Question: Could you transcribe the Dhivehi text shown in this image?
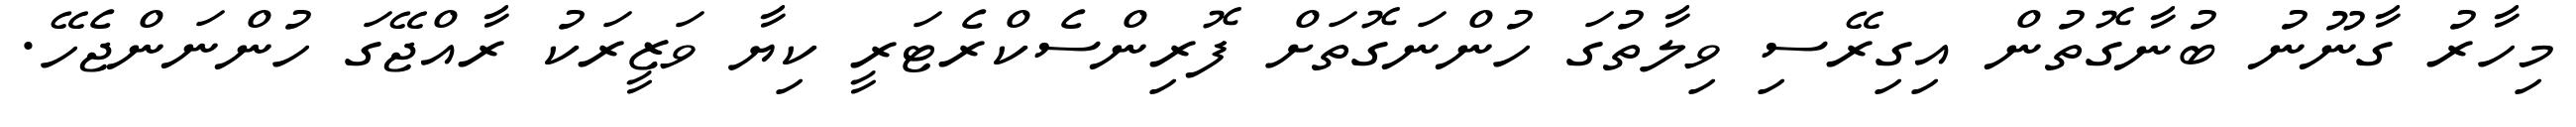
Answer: މިހާރު ގާނޫނު ބުނާގޮތުން އިގިރޭސި ވިލާތުގަ ހުންނަގޮތަށް ފޮރިންސެކްރެޓަރީ ކިޔާ ވަޒީރަކު ރާއްޖޭގަ ހުންނަންޖެހޭ.